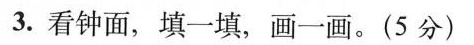
3.看钟面，填一填，画一画。(5分)